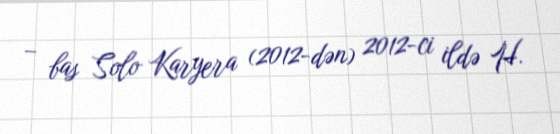
– bas Solo Karyera (2012-dən) 2012-ci ildə H.